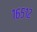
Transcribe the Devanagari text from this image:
१६५१२